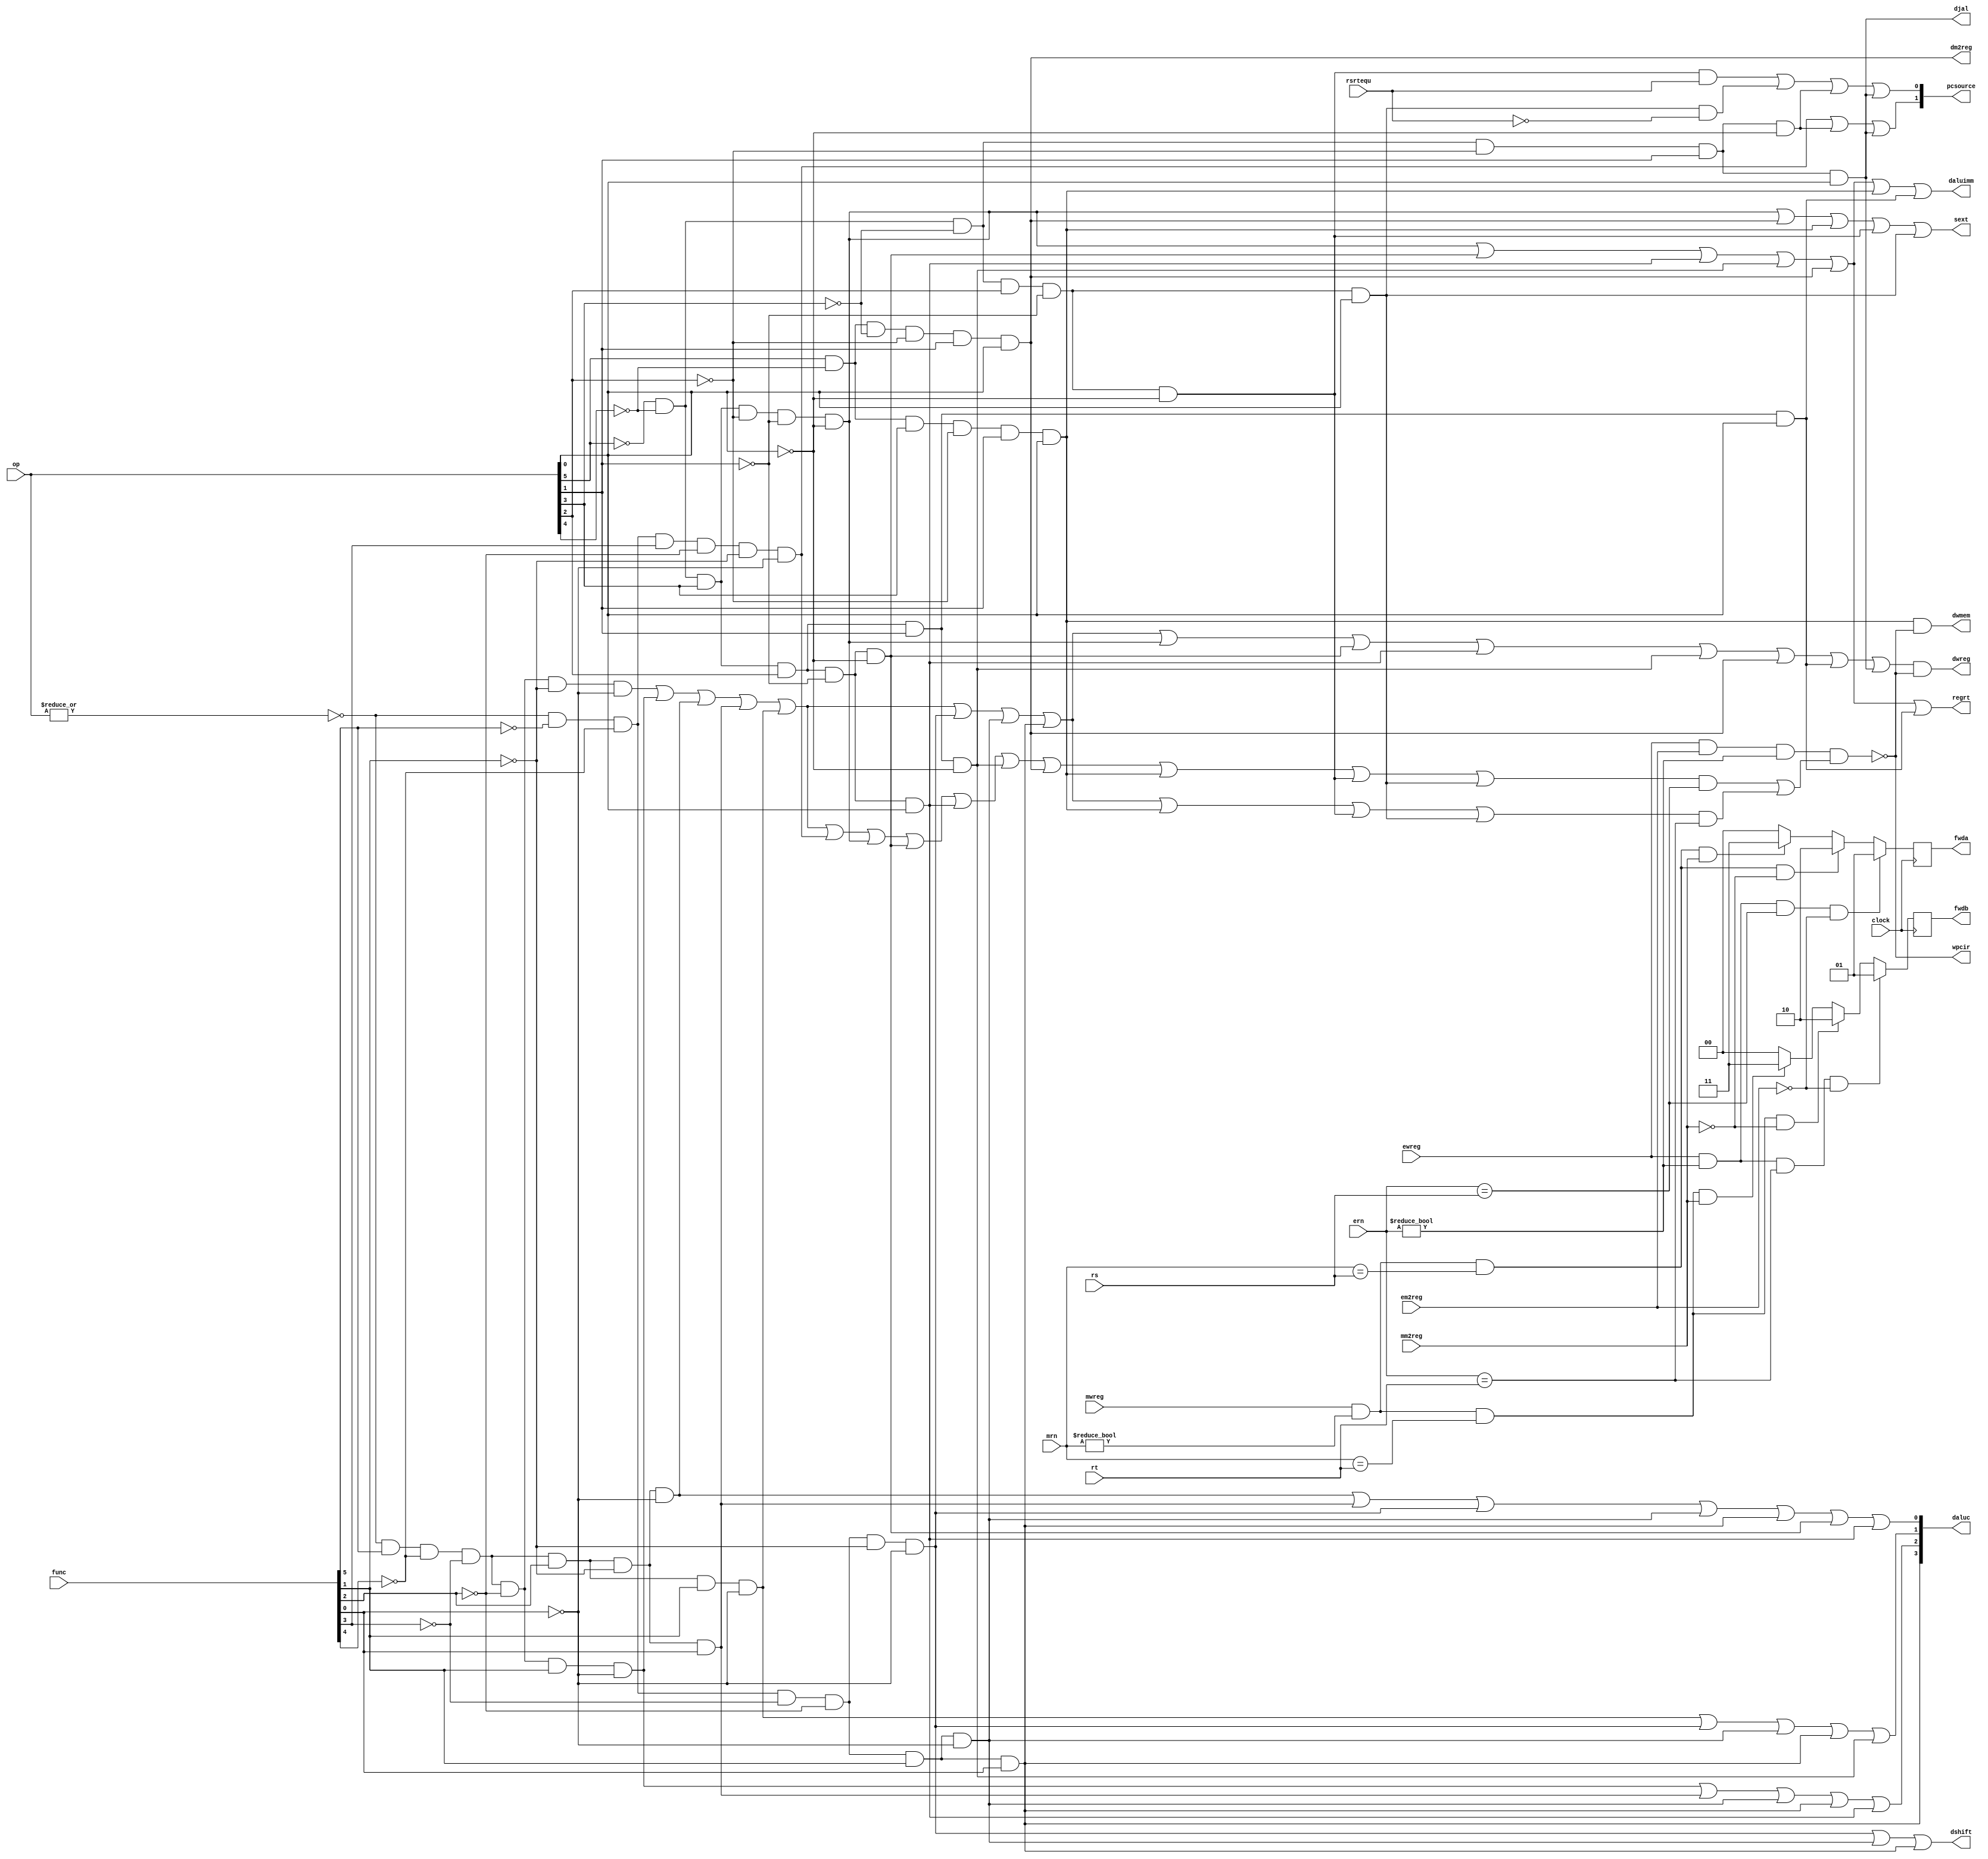
module pipe_cu ( op,func,rs,rt,rsrtequ,
                 dwreg,dm2reg,dwmem,daluc,daluimm,dshift,djal,regrt,sext,fwda,fwdb,
                 mrn,mm2reg,mwreg,ern,em2reg,ewreg,
                 pcsource,wpcir,clock );

   input  [5:0]  op,func;
   input  [4:0]  rs,rt,mrn,ern;
   input         rsrtequ;
   input		 mm2reg,mwreg,em2reg,ewreg;
   input         clock;

   output        dwreg,regrt,djal,dm2reg,dshift,daluimm,sext,dwmem;
   output [3:0]  daluc;
   output [1:0]  pcsource,fwda,fwdb;
   output		 wpcir;
	
   wire   [4:0]  ern,mrn;
	
   reg    [1:0]  fwda,fwdb;
//   wire   [1:0]  fwda,fwdb;
//   assign        fwda = 2'b0;
//   assign        fwdb = 2'b0;

   wire          dwreg,regrt,djal,dm2reg,dshift,daluimm,sext,dwmem;
   wire   [3:0]  daluc;
   wire   [1:0]  pcsource;
   wire		     wpcir;
   
   
   


	


   wire r_type = ~|op;
   wire i_add = r_type & func[5] & ~func[4] & ~func[3] &
                ~func[2] & ~func[1] & ~func[0];          //100000
   wire i_sub = r_type & func[5] & ~func[4] & ~func[3] &
                ~func[2] &  func[1] & ~func[0];          //100010
   wire i_and = r_type & func[5] & ~func[4] & ~func[3] &
                 func[2] & ~func[1] & ~func[0];          //100100
   wire i_or  = r_type & func[5] & ~func[4] & ~func[3] &
                 func[2] & ~func[1] &  func[0];          //100101
   wire i_xor = r_type & func[5] & ~func[4] & ~func[3] &
                 func[2] &  func[1] & ~func[0];          //100110
   wire i_sll = r_type & ~func[5] & ~func[4] & ~func[3] &
                ~func[2] & ~func[1] & ~func[0];          //000000
   wire i_srl = r_type & ~func[5] & ~func[4] & ~func[3] &
                ~func[2] &  func[1] & ~func[0];          //000010
   wire i_sra = r_type & ~func[5] & ~func[4] & ~func[3] &
                ~func[2] &  func[1] &  func[0];          //000011
   wire i_jr  = r_type & ~func[5] & ~func[4] &  func[3] &
                ~func[2] & ~func[1] & ~func[0];          //001000
                
   wire i_addi = ~op[5] & ~op[4] &  op[3] & ~op[2] & ~op[1] & ~op[0]; //001000
   wire i_andi = ~op[5] & ~op[4] &  op[3] &  op[2] & ~op[1] & ~op[0]; //001100
   wire i_ori  = ~op[5] & ~op[4] &  op[3] &  op[2] & ~op[1] &  op[0]; //001101
   wire i_xori = ~op[5] & ~op[4] &  op[3] &  op[2] &  op[1] & ~op[0]; //001110
   wire i_lw   =  op[5] & ~op[4] & ~op[3] & ~op[2] &  op[1] &  op[0]; //100011
   wire i_sw   =  op[5] & ~op[4] &  op[3] & ~op[2] &  op[1] &  op[0]; //101011
   wire i_beq  = ~op[5] & ~op[4] & ~op[3] &  op[2] & ~op[1] & ~op[0]; //000100
   wire i_bne  = ~op[5] & ~op[4] & ~op[3] &  op[2] & ~op[1] &  op[0]; //000101
   wire i_lui  = ~op[5] & ~op[4] &  op[3] &  op[2] &  op[1] &  op[0]; //001111
   wire i_j    = ~op[5] & ~op[4] & ~op[3] & ~op[2] &  op[1] & ~op[0]; //000010
   wire i_jal  = ~op[5] & ~op[4] & ~op[3] & ~op[2] &  op[1] &  op[0]; //000011
   
   wire i_rs  = i_add | i_sub | i_and | i_or | i_xor | i_jr | i_addi | i_andi |
				i_ori | i_xori | i_lw | i_sw | i_beq | i_bne;
   wire i_rt  = i_add | i_sub | i_and | i_or | i_xor | i_sll | i_srl | i_sra | 
				i_sw | i_beq | i_bne;
	  
   assign pcsource[1] = i_jr | i_j | i_jal;
   assign pcsource[0] = ( i_beq & rsrtequ ) | (i_bne & ~rsrtequ) | i_j | i_jal ;
	   
   assign daluc[3] = i_sra ;
   assign daluc[2] = i_sub | i_or  | i_srl | i_sra | i_ori ;
   assign daluc[1] = i_xor | i_sll | i_srl | i_sra | i_xori;
   assign daluc[0] = i_and | i_or  | i_sll | i_srl | i_sra | i_andi | i_ori ;
	   

   assign dshift   = i_sll | i_srl | i_sra ;
// shift 1 0    

   assign daluimm  = i_addi | i_andi | i_ori | i_xori |i_lw | i_sw | i_lui ;
// aluimm 1  ?      

   assign sext    = i_addi | i_lw | i_sw | i_beq | i_bne ;
// beqbnemux
// sext 1 0 0
//   assign wmem    = i_sw ;

// m2reg 1 0 ALU
// regrt 1 rt0 rd
// jal 1 PC+80 ALU
   assign dm2reg   = i_lw ;
   assign regrt   = i_addi |i_andi | i_ori | i_xori |i_lw | i_lui ;
   assign djal     = i_jal;

//   assign wpcir = ~1;               // 

   assign wpcir =  ~ ( ewreg & em2reg & (ern != 0) & (i_rs & (ern == rs) | i_rt & (ern == rt)));
   assign dwreg  = (i_add | i_sub | i_and | i_or | i_xor | i_sll | 
				    i_srl | i_sra | i_addi | i_andi |
					i_ori | i_xori | i_lw | i_lui | i_jal) & wpcir; // prevent from executing twice
   assign dwmem  = i_sw & wpcir; // prevent from executing twice

   always @ ( negedge clock )   // clock ?? wg
	
	  begin 
		 fwda = 2'b00; // default forward a: no hazards
		 if (ewreg & (ern != 0) & (ern == rs) & ~em2reg) 
			begin
			   fwda = 2'b01; // select exe_alu
			end
		 else
			begin
			   if (mwreg & (mrn != 0) & (mrn == rs) & ~mm2reg)
				  begin
				     fwda = 2'b10; // select mem_alu
				  end
			   else
	     		  begin
	     		     if (mwreg & (mrn != 0) & (mrn == rs) & mm2reg)
						begin
						   fwda = 2'b11; // select mem_lw
						end
   				  end
			end
         fwdb = 2'b00; // default forward b: no hazards
		 if (ewreg & (ern != 0) & (ern == rt) & ~em2reg)
			begin
			   fwdb = 2'b01; // select exe_alu
			end
		 else
			begin
			   if (mwreg & (mrn != 0) & (mrn == rt) & ~mm2reg)
				  begin
				     fwdb = 2'b10; // select mem_alu
				  end
			   else
				  begin
			         if (mwreg & (mrn != 0) & (mrn == rt) & mm2reg)
						begin
						   fwdb = 2'b11; // select mem_lw
						end
				  end
			end
      end






// --------------  always end

endmodule